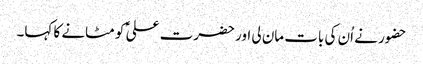
حضور نے اُن کی بات مان لی اور حضرت علی ؑ کو مٹانے کا کہا۔